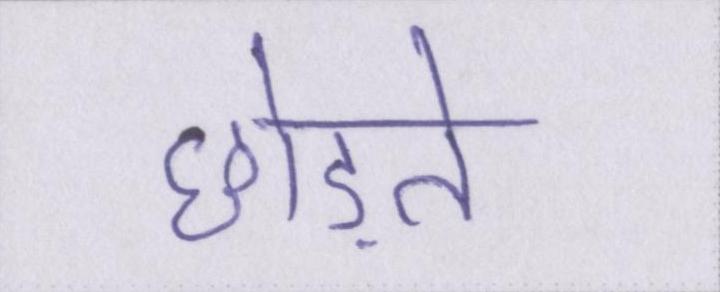
छोड़ते